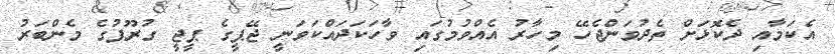
އެކަމާއި ދެކޮޅަށް ތެދުވަންޖެހޭ މިހާރު އެއްވުމުގައި ވާހަކަދައްކަވަނީ ޖޭޕީގެ ޕީޖީ ގުރޫޕުގެ މެންބަރު